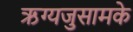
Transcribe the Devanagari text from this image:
ऋग्यजुसामके